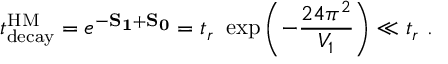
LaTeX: t _ { \mathrm { d e c a y } } ^ { \mathrm { H M } } = e ^ { - \bf S _ { 1 } + \bf S _ { 0 } } = t _ { r } \ \exp \left( - { \frac { 2 4 \pi ^ { 2 } } { V _ { 1 } } } \right) \ll t _ { r } \ .